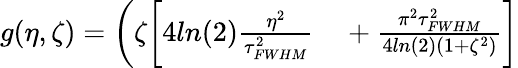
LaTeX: \begin{array}{rl}{g(\eta,\zeta)=\bigg(\zeta\bigg[4ln(2)\frac{\eta^{2}}{\tau_{FWHM}^{2}}}&{{}+\frac{\pi^{2}\tau_{FWHM}^{2}}{4ln(2)(1+\zeta^{2})}\bigg]}\end{array}